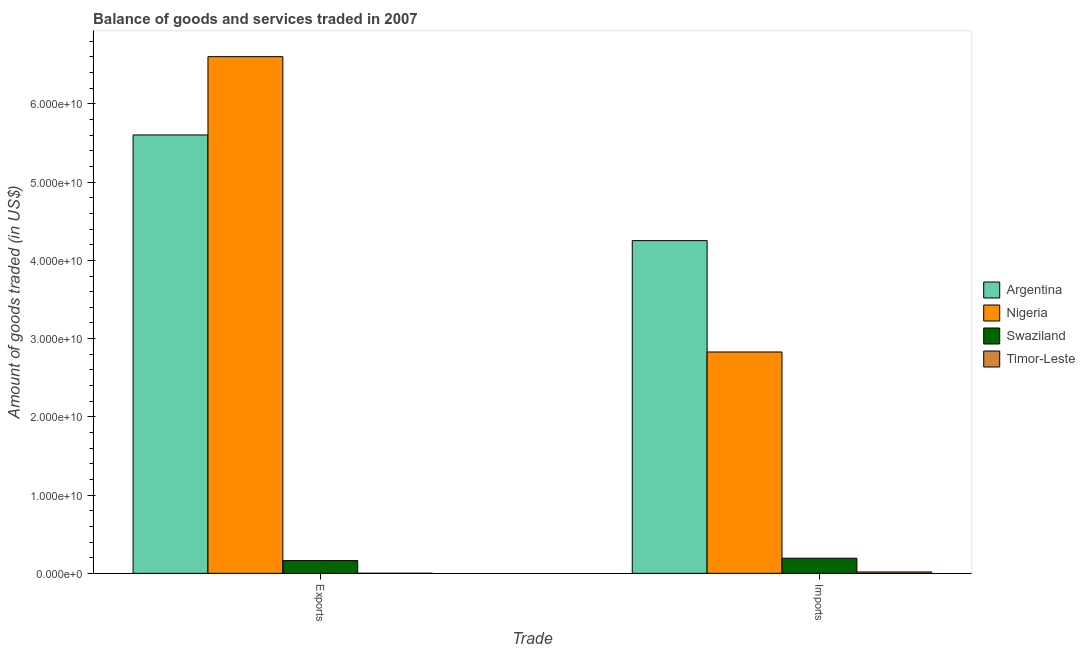
| Trade | Argentina | Nigeria | Swaziland | Timor-Leste |
 | --- | --- | --- | --- | --- |
 | Exports | 5.6e+10 | 6.6e+10 | 1.63e+09 | 6.65e+06 |
 | Imports | 4.25e+10 | 2.83e+10 | 1.93e+09 | 1.76e+08 |